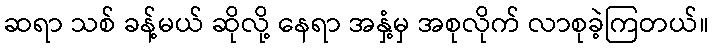
ဆရာ သစ် ခန့်မယ် ဆိုလို့ နေရာ အနှံ့မှ အစုလိုက် လာစုခဲ့ကြတယ်။